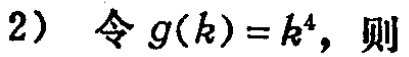
(2) 令 \(g(k)=k^{4}\)，则